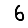
Digit: 6